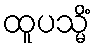
ထူပသ္မိံ